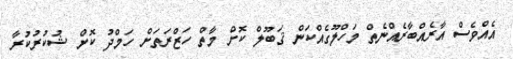
އެއްވެސް އާރެެއްބާރެއްނެތް މަހްލޫގެއްކަން ޤަބޫލް ކޮށް މާތް ހަޒްރަތަށް ހަމްދު ކޮށް ޝުކުރުކުރާ